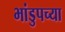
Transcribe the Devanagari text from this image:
भांडुपच्या